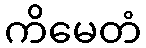
ကိမေတံ